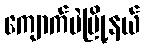
ကျောက်မဲမြို့နယ်